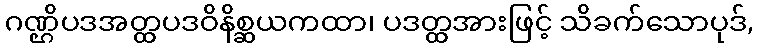
ဂဏ္ဌိပဒအတ္ထပဒဝိနိစ္ဆယကထာ၊ ပဒတ္ထအားဖြင့် သိခက်သောပုဒ်,